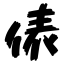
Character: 俵